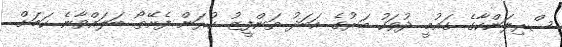
ސްރިލަންކާގެ ގައުމީ ދުވަހު މަރުގެ އަބަދު ތަންފީޒު ކުރަން ފެށޭތޯ ބަލައްވާނެ ކަމަށް